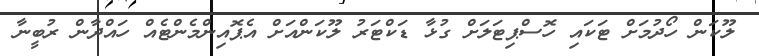
ލޫކަން ހޯދުމަށް ޓަކައި ހޮސްޕިޓަލަށް ގުޅާ ޑަކްޓަރު ލޫކަންއަށް އެޕޮއިންމެންޓެއް ހައްދާން ރުބީނާ